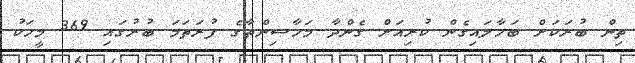
ތިން ބުރަކަށް ބަހާލައިގެން ކުރިއަށް ގެންދާ މަހާސިންތާގެ ފުރަތަމަ ބުރުގައި 369 މީހަކު